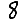
Digit: 8